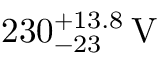
2 3 0 _ { - 2 3 } ^ { + 1 3 . 8 } \, \mathrm { V }